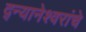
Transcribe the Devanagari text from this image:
द्न्यानेश्वरांचे